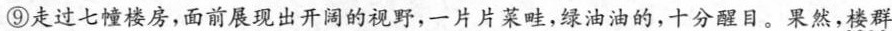
⑨走过七幢楼房，面前展现出开阔的视野，一片片菜畦，绿油油的，十分醒目。果然，楼群